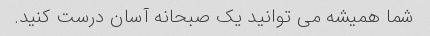
شما همیشه می توانید یک صبحانه آسان درست کنید.